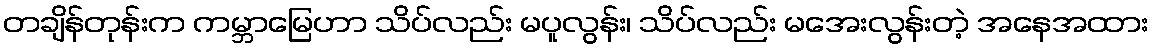
တချိန်တုန်းက ကမ္ဘာမြေဟာ သိပ်လည်း မပူလွန်း၊ သိပ်လည်း မအေးလွန်းတဲ့ အနေအထား